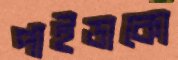
পাইডাকো